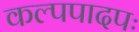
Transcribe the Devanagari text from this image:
कल्पपादपः